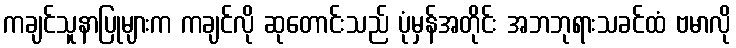
ကချင်သူနာပြုများက ကချင်လို ဆုတောင်းသည် ပုံမှန်အတိုင်း အဘဘုရားသခင်ထံ ဗမာလို